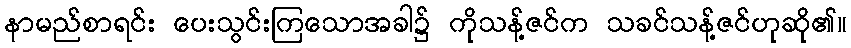
နာမည်စာရင်း ပေးသွင်းကြသောအခါ၌ ကိုသန့်ဇင်က သခင်သန့်ဇင်ဟုဆို၏။